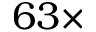
6 3 \times